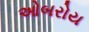
ઓબરોય